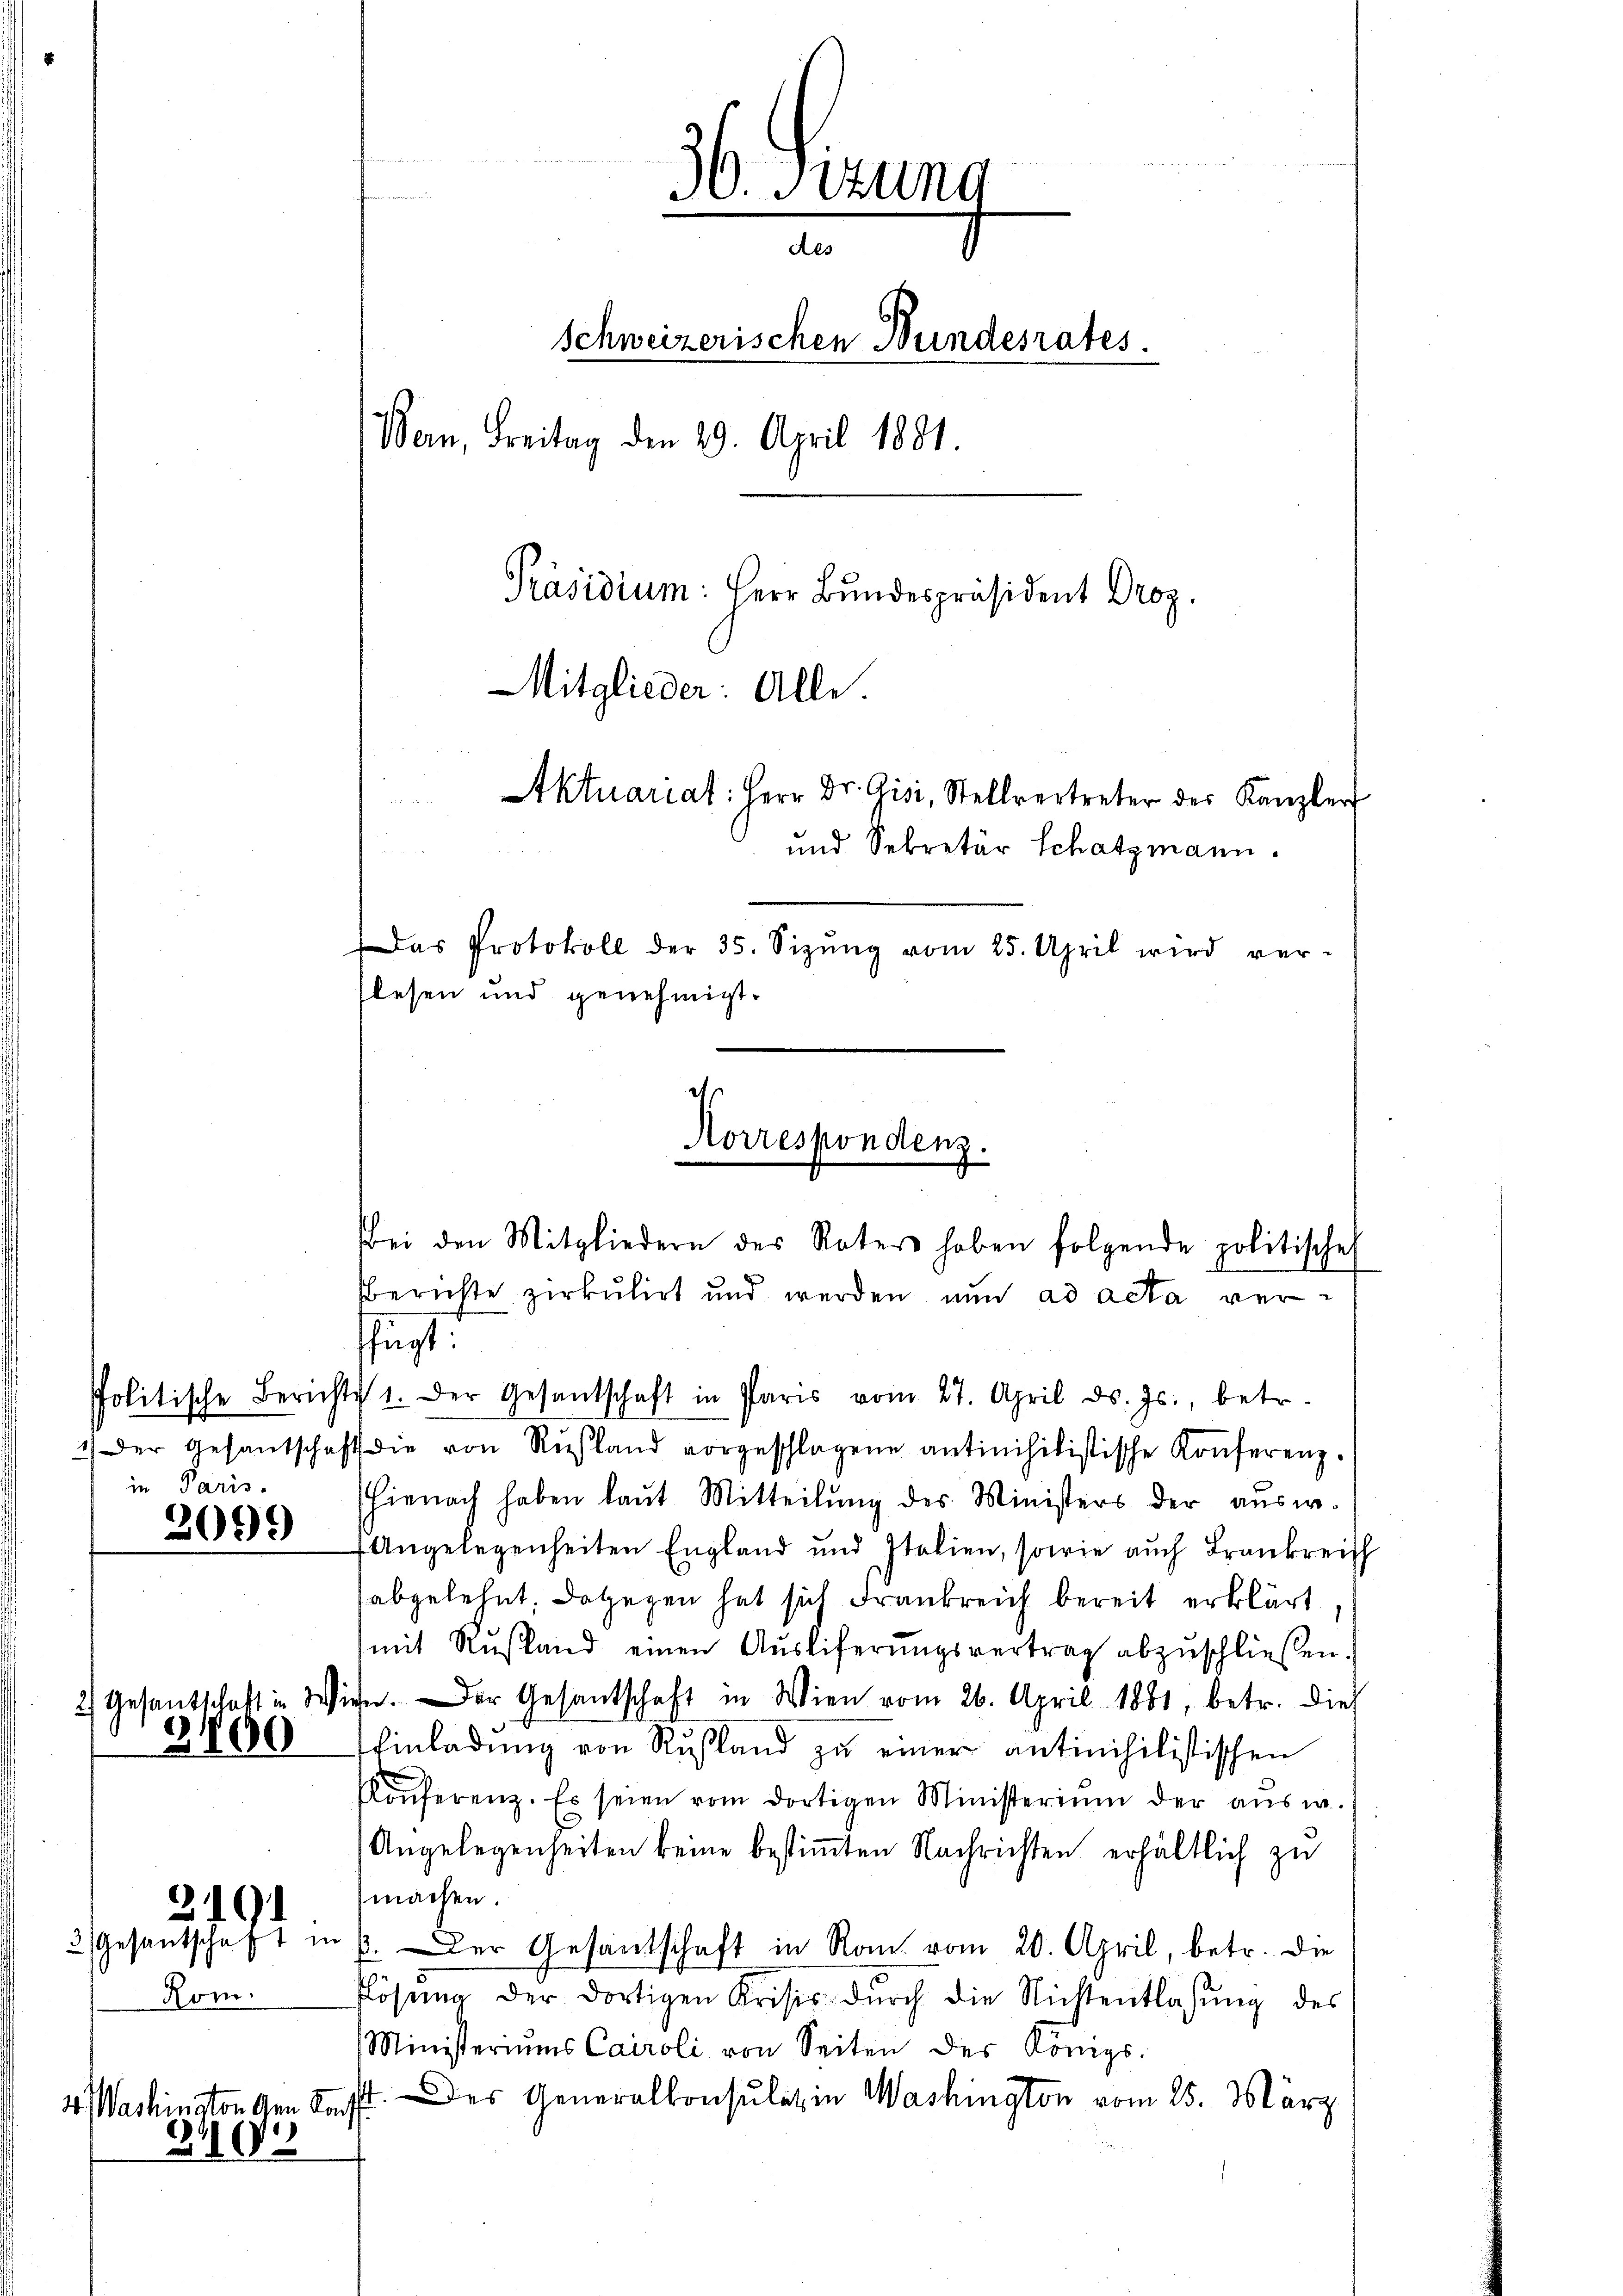
in Paris.

2099

3191

4. Washinator den Konf
31108

2100

Rom.

36. Perung
des
Schweizerischen Bundesrates.
Bern, Freitag den 29. April 1881.
Präsidium: Herr Bundespräsident Droz.
Mitglieder: Alle.
Aktuariat: Herr Dr. Gisi, Stellvertreter des Kanzler
und Sekretär Schatzmann.
Das Protokoll der 35. Sizŭng vom 25. April wird ver-

lesen und genehmigt.
bei den Mitgliedern der Vater haben folgende politische
berichte zirkulirt und werden nun ad acta verfügt:
Politische Berichts 1. Der Gesandschaft in Paris vom 27. April d. Js., betr.
) Der Gesantschaft die von Russland vorgeschlagene antinihilistische Konferenz.
hienach haben laŭt Mitteilŭng des Ministers der aŭsw.
Angelegenheiten England und Italien, sowie auch Frankrei
abgelehnt. Dagegen hat sich Frankreich bereit erklärt.
mit Rŭstland einen Aŭsliferŭngsvertrag abzŭschließen.
2) Gesantschaft in Wien. Der Gesantschaft in Wien vom 26. April 1881, betr. dies
Einladung von Rußland zu einer antinihilistischen
Konferenz. Es seien vom dortigen Ministerium der aŭsw.
Angelegenheiten keine bestimmten Nachrichten erhältlich zu
machen.
3 Gesantschaft in p. der Gesandschaft in Rom vom 20. April, betr. die
flösung der dortigen Krisis dŭrch die Nichtentlassŭng des
Ministeriums Cairoli von Seiten des Königs.
A. des Generalkonsulatz in Washington vom 25. März

Korrespondenz.